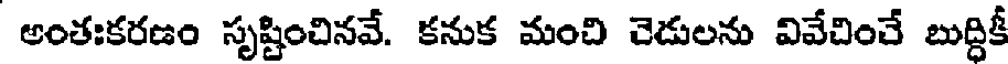
అంతఃకరణం సృష్టించినవే. కనుక మంచి చెడులను వివేచించే బుద్దికీ